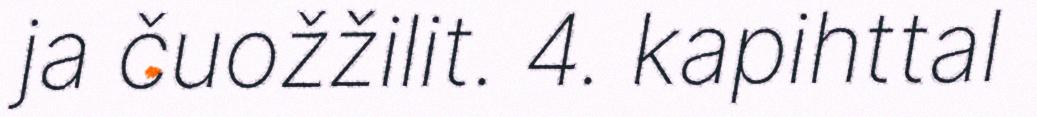
ja čuožžilit. 4. kapihttal